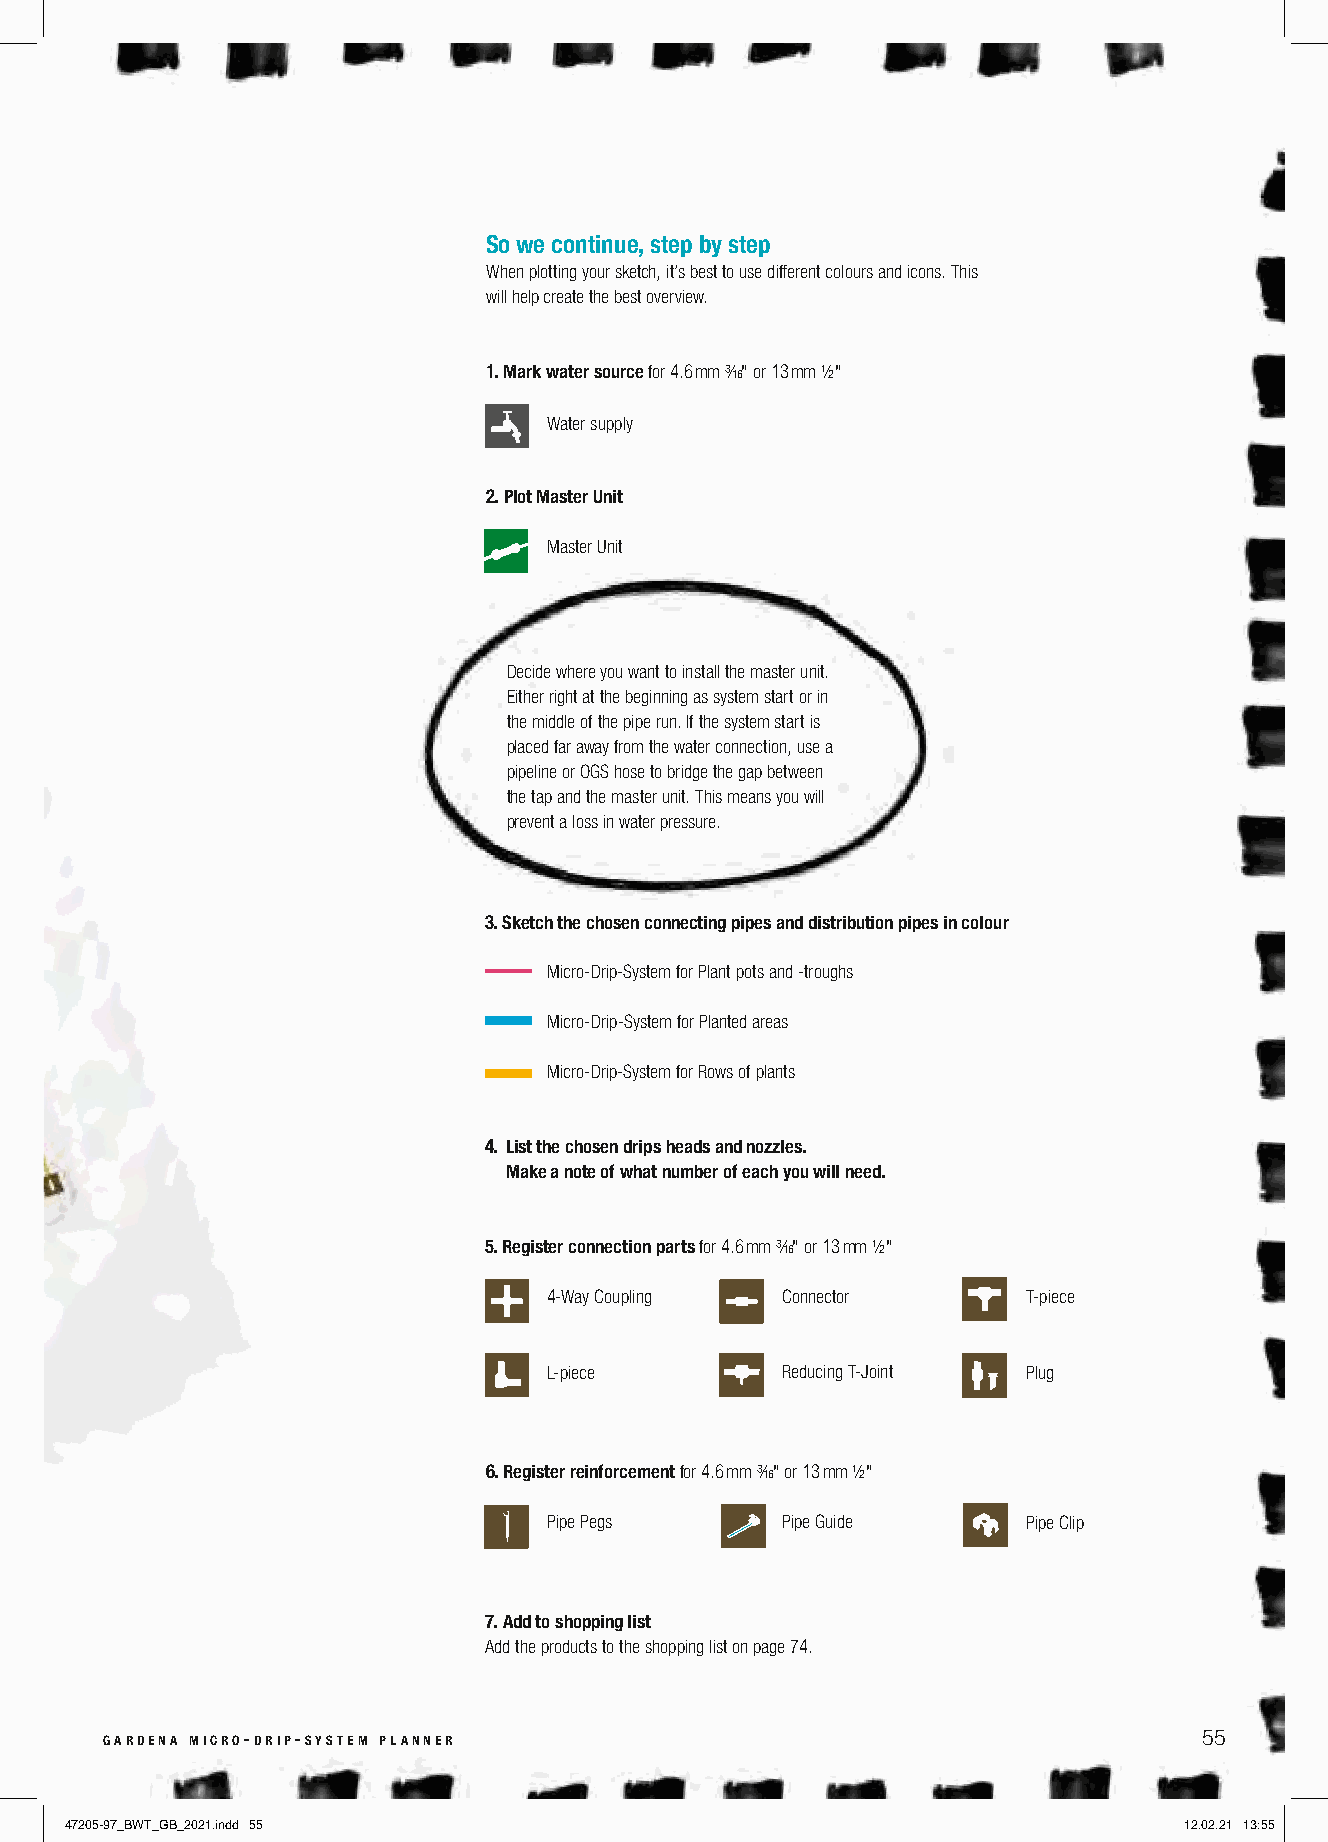
So we continue, step by step
 When plotting your sketch, it’s best to use different colours and icons. This
 will help create the best overview.
 1. Mark water source for 4.6 mm ³∕₁₆" or 13 mm ½"
 Water supply
 2. Plot Master Unit
 Master Unit
 Decide where you want to install the master unit.
 Either right at the beginning as system start or in
 the middle of the pipe run. If the system start is
 placed far away from the water connection, use a
 pipeline or OGS hose to bridge the gap between
 the tap and the master unit. This means you will
 prevent a loss in water pressure.
 3. Sketch the chosen connecting pipes and distribution pipes in colour
 Micro-Drip-System for Plant pots and -troughs
 Micro-Drip-System for Planted areas
 Micro-Drip-System for Rows of plants
 4. List the chosen drips heads and nozzles.
 Make a note of what number of each you will need.
 5. Register connection parts for 4.6 mm ³∕₁₆" or 13 mm ½"
 4-Way Coupling  Connector       T-piece
 L-piece         Reducing T-Joint Plug
 6. Register reinforcement for 4.6 mm ³∕₁₆" or 13 mm ½"
 Pipe Pegs       Pipe Guide      Pipe Clip
 7. Add to shopping list
 Add the products to the shopping list on page 74.
 gardena micro-drip-system planner                                        55
 47205-97_BWT_GB_2021.indd 55                                              12.02.21 13:55